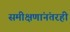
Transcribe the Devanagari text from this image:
समीक्षणांनंतरही